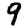
Digit: 9